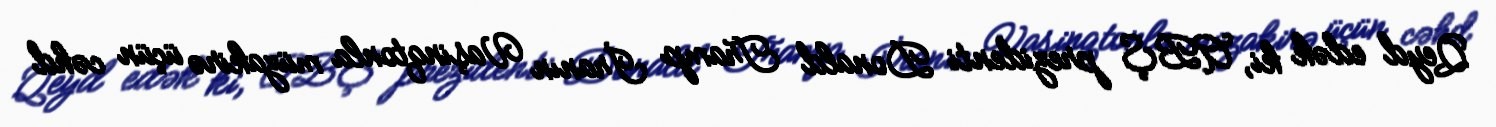
Qeyd edək ki, ABŞ prezidenti Donald Tramp İranın Vaşinqtonla müzakirə üçün cəhd